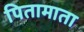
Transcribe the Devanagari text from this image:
पितामाता